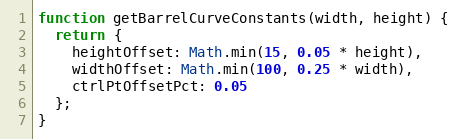
Language: JavaScript
function getBarrelCurveConstants(width, height) {
  return {
    heightOffset: Math.min(15, 0.05 * height),
    widthOffset: Math.min(100, 0.25 * width),
    ctrlPtOffsetPct: 0.05
  };
}